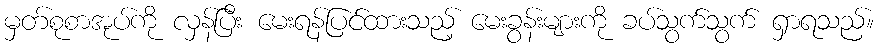
မှတ်စုစာအုပ်ကို လှန်ပြီး မေးရန်ပြင်ထားသည့် မေးခွန်းများကို ခပ်သွက်သွက် ရှာရသည်။